Vaccination in Bombay 1902-1912 - 1902-1912
Year: 1902
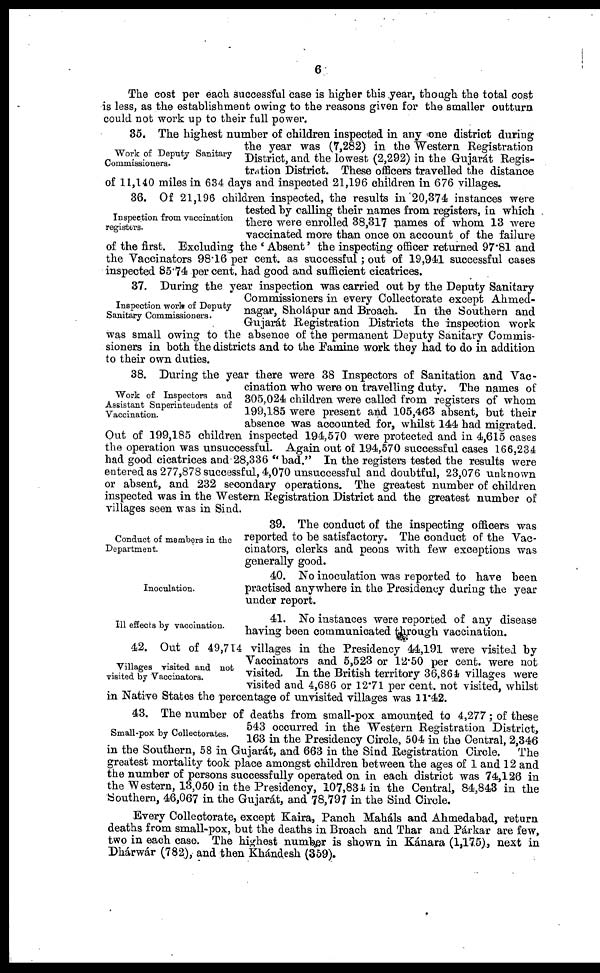
6
The cost per each successful case is higher this year, though the total cost
is less, as the establishment owing to the reasons given for the smaller outturn
could not work up to their full power.
Work of Deputy Sanitary
Commissioners.
35. The highest number of children inspected in any one district during
the year was (7,282) in the Western Registration
District, and the lowest (2,292) in the Gujarát Regis-
tration District. These officers travelled the distance
of 11,140 miles in 634 days and inspected 21,196 children in 676 villages.
Inspection from vaccination
registers.
36. Of 21,196 children inspected, the results in 20,374 instances were
tested by calling their names from registers, in which
there were enrolled 38,317 names of whom 13 were
vaccinated more than once on account of the failure
of the first. Excluding the ' Absent' the inspecting officer returned 97.81 and
the Vaccinators 98.16 per cent. as successful; out of 19,941 successful cases
inspected 85.74 per cent. had good and sufficient cicatrices.
Inspection work of Deputy
Sanitary Commissioners.
37. During the year inspection was carried out by the Deputy Sanitary
Commissioners in every Collectorate except Ahmed¬
nagar, Sholápur and Broach. In the Southern and
Gujarát Registration Districts the inspection work
was small owing to the absence of the permanent Deputy Sanitary Commis-
sioners in both the districts and to the Famine work they had to do in addition
to their own duties.
Work of Inspectors and
Assistant Superintendents of
Vaccination.
38. During the year there were 38 Inspectors of Sanitation and Vac-
cination who were on travelling duty. The names of
305,024 children were called from registers of whom
199,185 were present and 105,463 absent, but their
absence was accounted for, whilst 144 had migrated.
Out of 199,185 children inspected 194,570 were protected and in 4,615 cases
the operation was unsuccessful. Again out of 194,570 successful cases 166,234
had good cicatrices and 28,336 " bad." In the registers tested the results were
entered as 277,878 successful, 4,070 unsuccessful and doubtful, 23,076 unknown
or absent, and 232 secondary operations. The greatest number of children
inspected was in the Western Registration District and the greatest number of
villages seen was in Sind.
Conduct of members in the
Department.
39. The conduct of the inspecting officers was
reported to be satisfactory. The conduct of the Vac-
cinators, clerks and peons with few exceptions was
generally good.
Inoculation.
40. No inoculation was reported to have been
practised anywhere in the Presidency during the year
under report.
Ill effects by vaccination.
41. No instances were reported of any disease
having been communicated through vaccination.
Villages visited and not
visited by Vaccinators.
42. Out of 49,714 villages in the Presidency 44,191 were visited by
Vaccinators and 5,523 or 12.50 per cent. were not
visited. In the British territory 36,864 villages were
visited and 4,686 or 12.71 per cent. not visited, whilst
in Native States the percentage of unvisited villages was 11.42.
Small-pox by Collectorates.
43. The number of deaths from small-pox amounted to 4,277; of these
543 occurred in the Western Registration District,
163 in the Presidency Circle, 504 in the Central, 2,346
in the Southern, 58 in Gujarát, and 663 in the Sind Registration Circle. The
greatest mortality took place amongst children between the ages of 1 and 12 and
the number of persons successfully operated on in each district was 74,126 in
the Western, 13,050 in the Presidency, 107,834 in the Central, 84,843 in the
Southern, 46,067 in the Gujarát, and 78,797 in the Sind Circle.
Every Collectorate, except Kaira, Panch Maháls and Ahmedabad, return
deaths from small-pox, but the deaths in Broach and Thar and Párkar are few,
two in each case. The highest number is shown in Kánara (1,175), next in
Dhárwár (782), and then Khándesh (359).